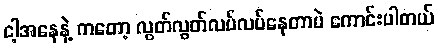
ငါ့အနေနဲ့ ကတော့ လွတ်လွတ်လပ်လပ်နေတာပဲ ကောင်းပါတယ်